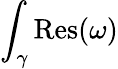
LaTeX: \int_{\gamma}{\mathrm{Res}}(\omega)